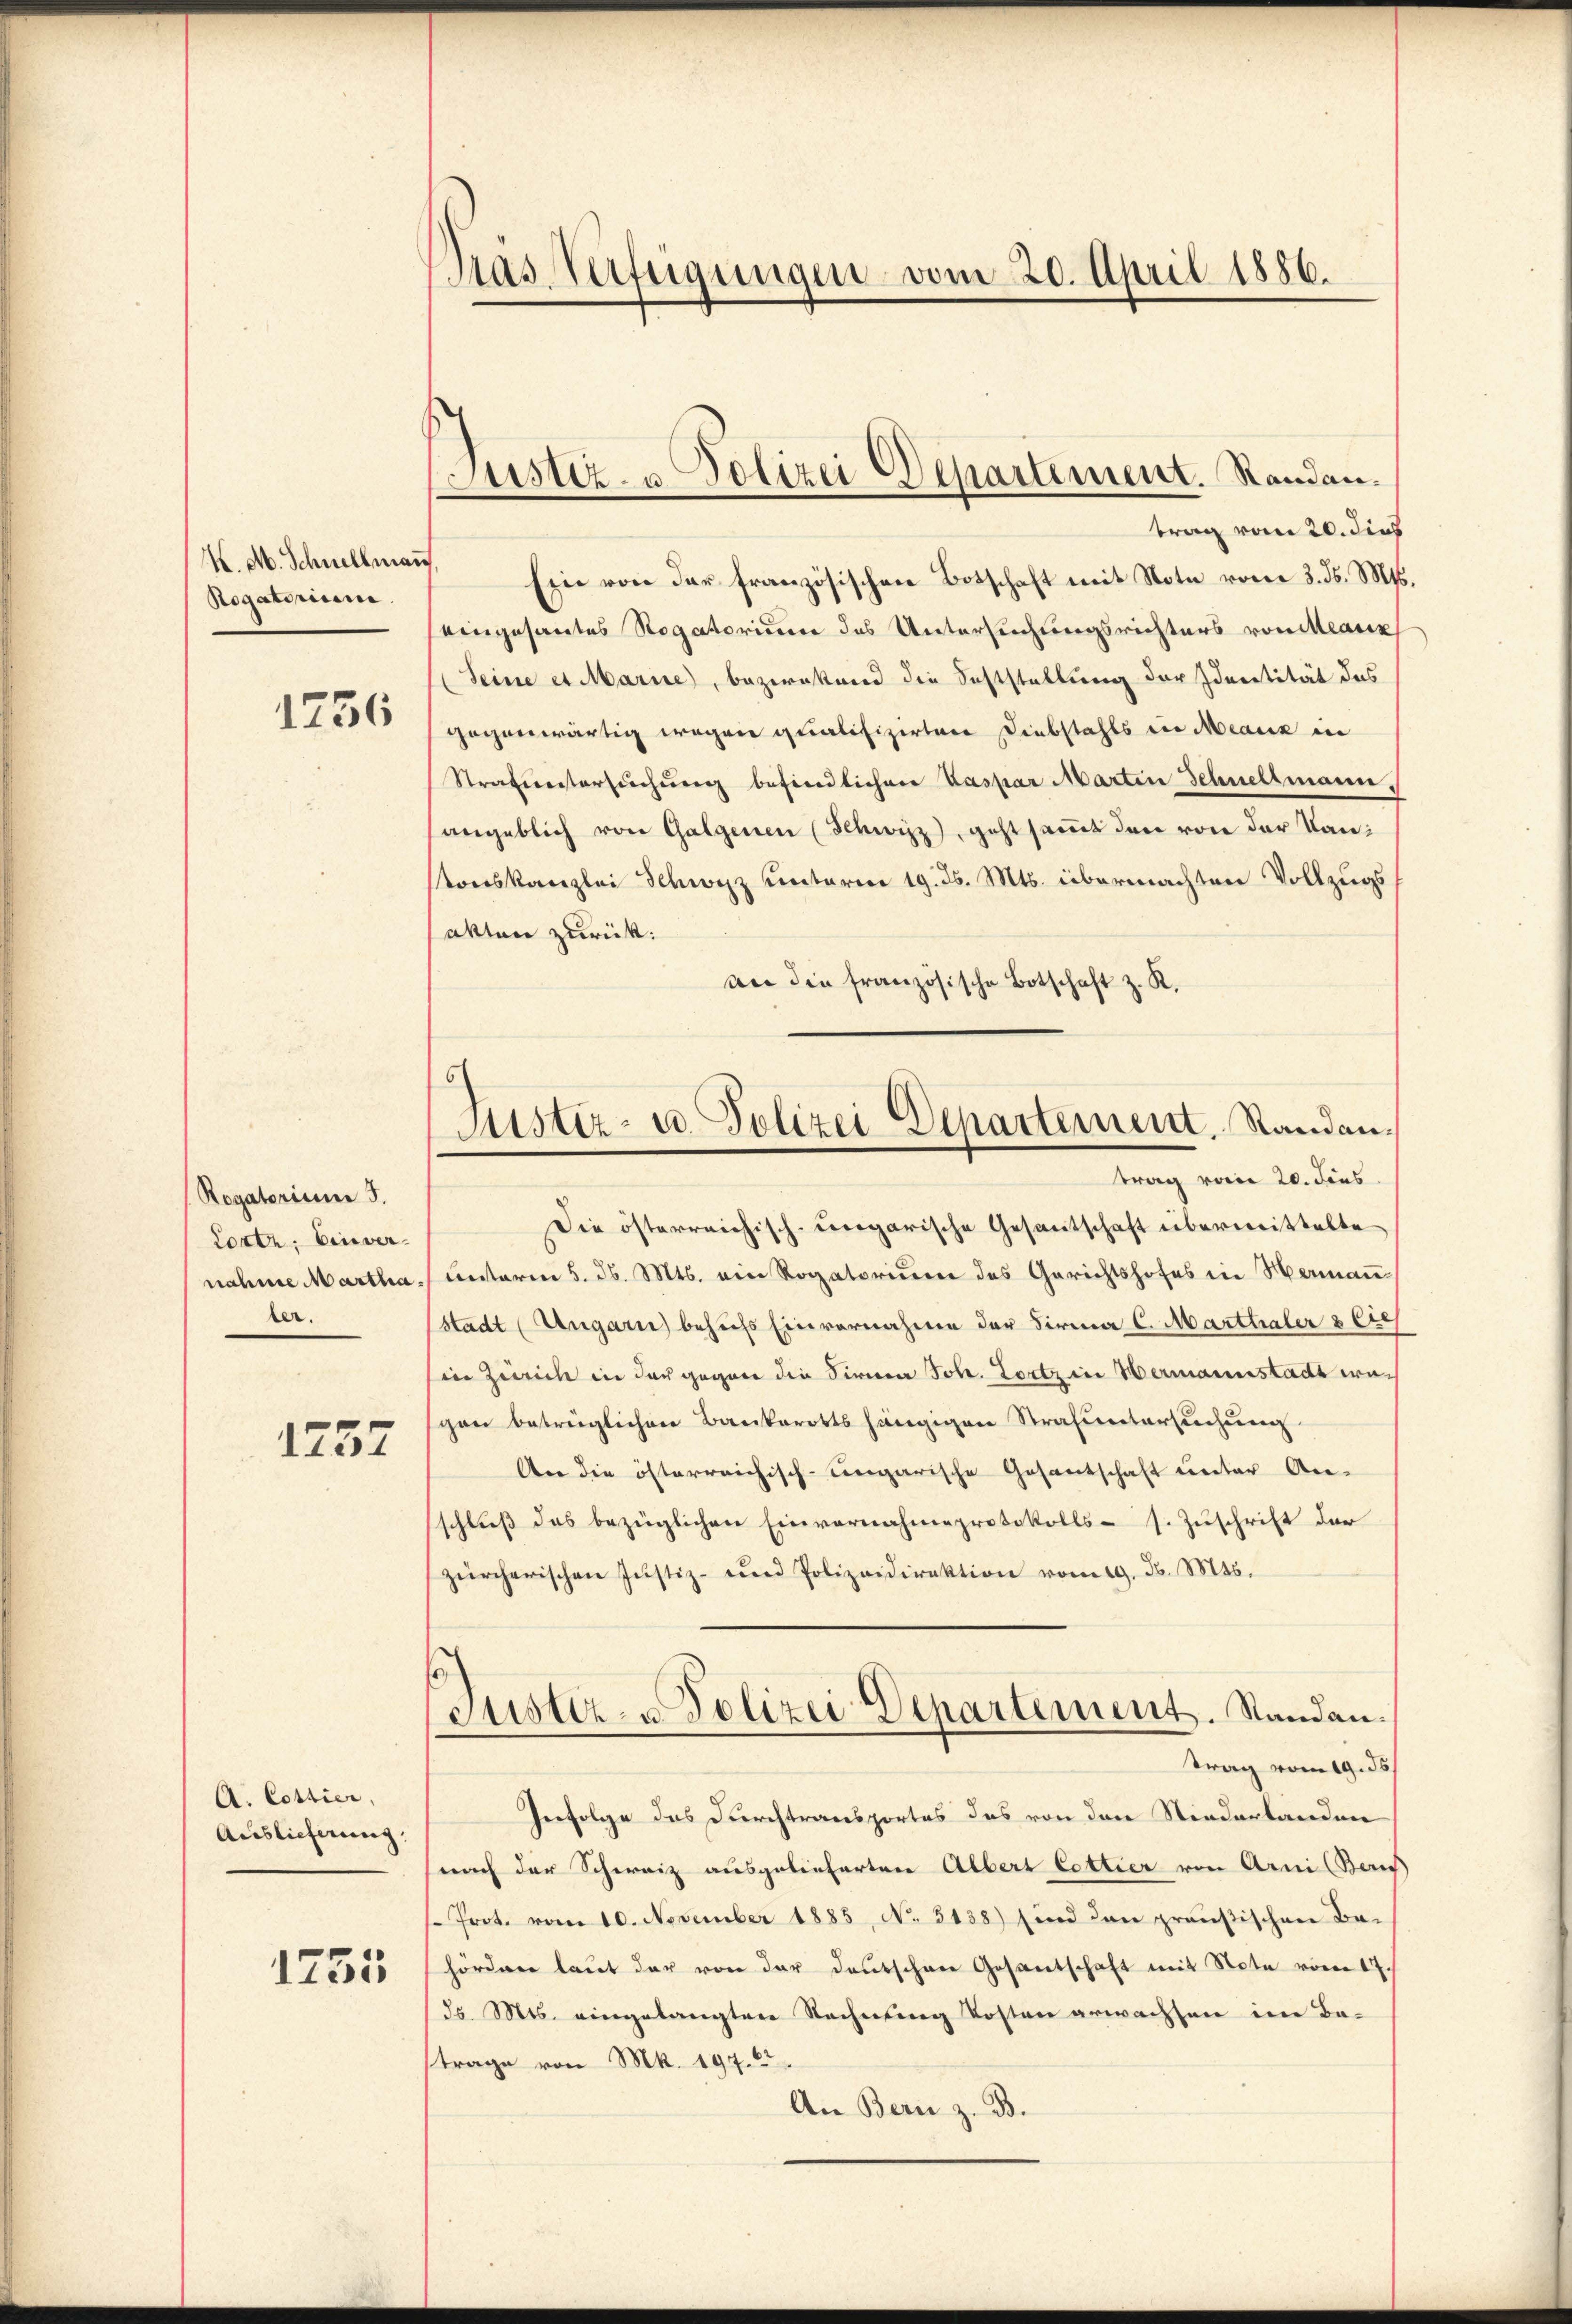
K. M. Schnellmai
Rogatorium.
1736

Rogatorium 5.
Corte. Einverber.

1257

A. Cottier,
Auslieferung.
1755

Tras Verfügungen vom 20. April 1886.

(Justiz- & Polizei Departement. Randan¬

trag vom 20. dies
Ein von der französischen Botschaft mit Note vom 3. d. Mts.
eingesantes Rogatorium des Untersuchungsrichters von lasse
(Seine et Marie, bezwekend die Feststellung der Identität das
gegenwärtig wegen qualifizirtere Diebstahls in Meaux in
Strafmeistersuchung befindlichen Kaspar Martin Schnellmann.
sangeblich von Galgenen (Schwizz), geht samt den von der Kantonskanzlei Schwyz unterm 19. ds. Mts. übermachten Vollzugs
akten zurück:
an die französische Botschaft z. R.

Justiz- u. Polizei Departement. Randantrag vom 20. Fins

Die österreichisch-ungarische Gesantschaft übermittelte
nahme Martha unterm 5. d. Mts. ein Rogatorium des Gerichtshofes in Hermaṅ-
Stadt (Ungarn behufs Einvernahme der Firma C. Marthaler & Cie
Ein Zürich in der gegen die Firma Joh. Loitz in Wermannstadt wagen betrüglichen Bankerotts hängigen Strafuntersuchung
An die österreichisch-ungarische Gesantschaft unter An-
schluß des bezüglichen Einvernahmeprotokolls- s. Zuschrift der
zürcherischen Justiz- und Polizeidirektion vom 19. d. 146.
Justiz- & Polizei Departement. Standen.
trag vom 19. ds.
Perfolge das Durchtransportes das von den Niederlanden
(nach der Schweiz ausgelieferten Albert Cottier von Arni Ba
/. Prot. vom 10. November 1885, No 5138) sind den preußischen Bahörden laut der von der Deutschen Gesantschaft mit Note vom 17.
d. Mts. eingelangten Rechnung Kosten erwachsen im Batrage von Mk. 197.
An Bern z. B.